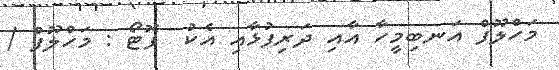
މަހްލޫފް އަނބިމީހާ އާއި ދަރިފުޅާއި އެކު  ފޮޓޯ : މަހްލޫފް /